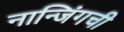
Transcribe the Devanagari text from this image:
नान्जिंगची